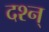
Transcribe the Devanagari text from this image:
दश्न्